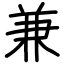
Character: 兼